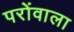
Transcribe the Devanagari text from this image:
परोंवाला